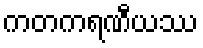
ကတကရဏီယဿ